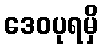
ဒေဝပုရမှိ